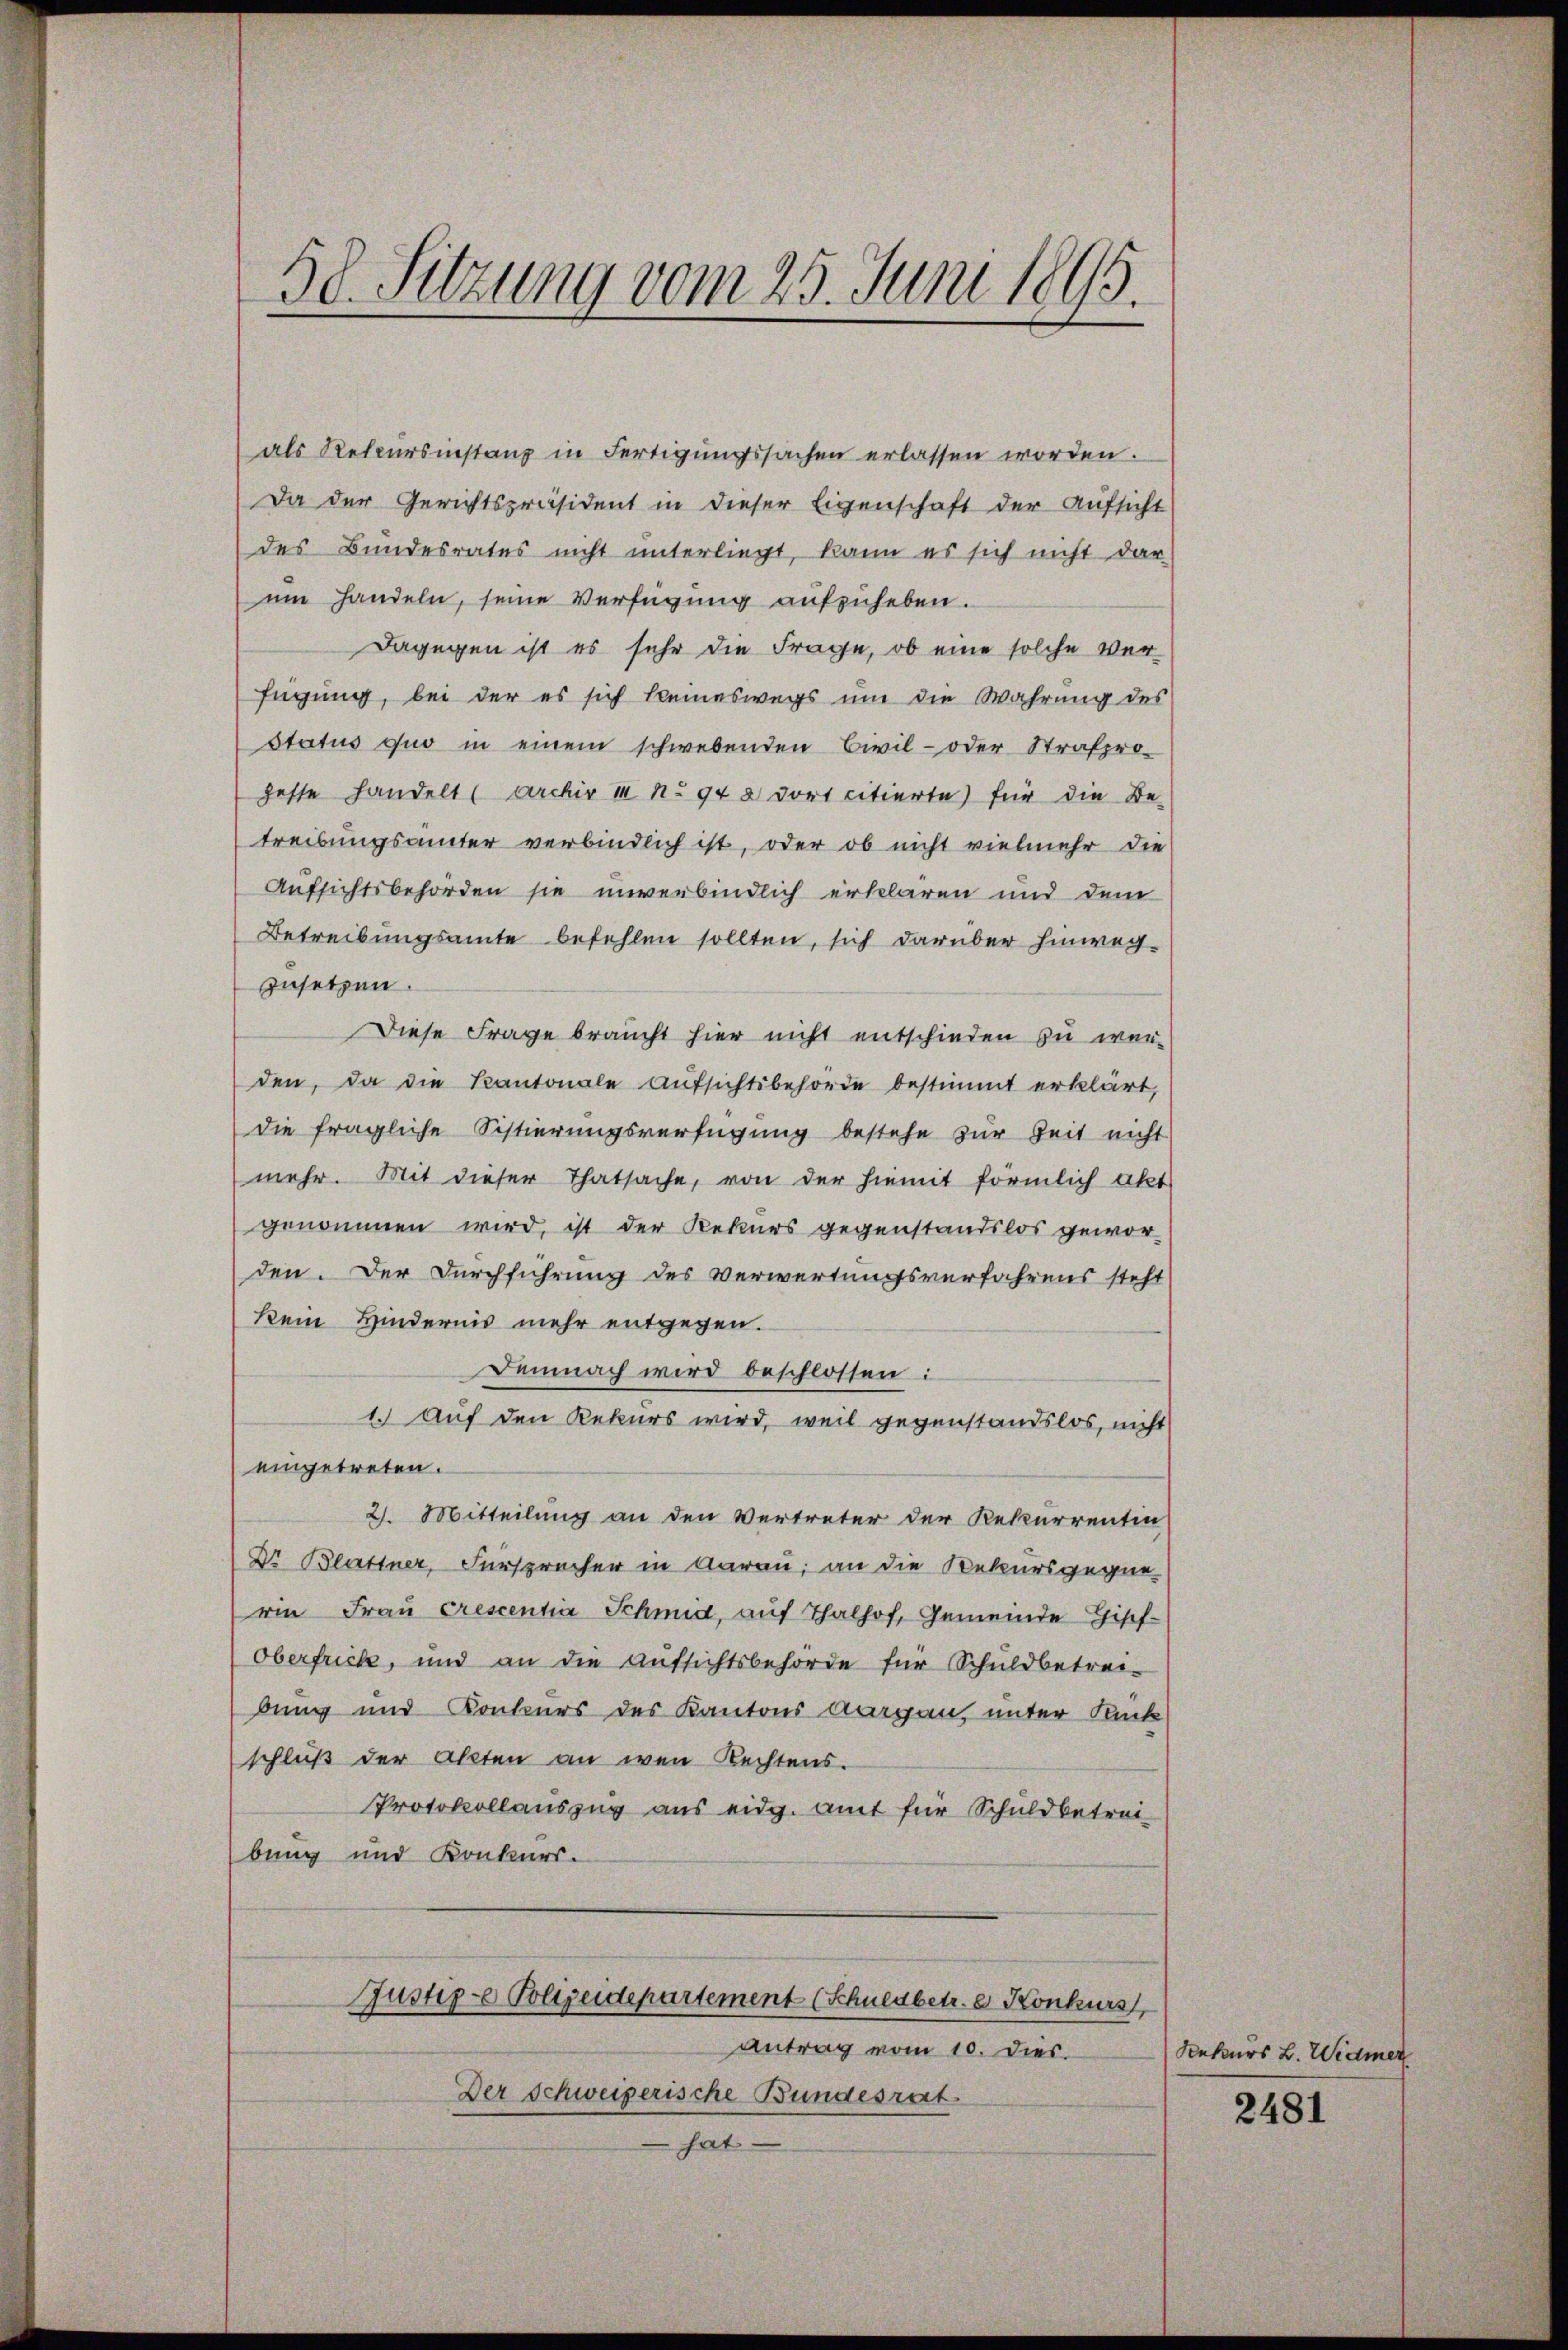
58. Sitzung vom 25. Juni 1895.

als Recursinstanz in Fertigungssachen erlassen worden.
Da der Gerichtspräsident in dieser Eigenschaft der Aufsicht
des Bundesrates nicht unterliegt, kann es sich nicht dar-
um Handeln, seine Verfügung aufzuheben.
Dagegen ist es sehr die Frage, ob eine solche Ver-
fügung, bei der es sich kleineswegs um die Wahrung des
Status quo in einem schwebenden Civil- oder Strafpro-
geste handelt (Archiv II No 942 dort citierte für die Be-
treibungsämter verbindlich ist, oder ob nicht vielmehr die
Aufsichtsbehörden sie unverbindlich erklären und dem
Betreibungsamte befehlen sollten, sich darüber hinweg-
zusetzen.
Diese Frage braucht hier nicht entschieden zu werden, da die Kantonale Aufsichtsbehörde bestimmt erklärt,
die fragliche Sistierungsverfügung bestehe zur Zeit nicht
mehr. Mit dieser Thatsache, von der hiemit förmlich akt
genommen wird, ist der Rekurs gegenstandslos geworden. Der Durchführung des Verwertungsverfahrens steht
kein Hindernis mehr entgegen.
Demnach wird beschlossen:
1. Auf den Rekurs wird, weil gegenstandslos, nicht
eingetreten.
2. Mitteilung an den Vertreter der Rekurrentin
Dr. Blattner, Fürsprecher in darau, an die Rekursgegnerin Frau crescentia Schmid, auf Thalhof, Gemeinde Gisef-
Oberfrich, und an die Aufsichtsbehörde für Schuldbetrei-
bung und Konkurs des Kantons Aargau, unter Sank
schluß der Akten an wen Rechtens.
Protokollauszug aus eidg. Amt für Schuldbetreibung und Konkurs.
Justiz-e Polizeidepartement (Schuldbetr. e. Konkurs
Antrag vom 10. dies
Der Schweizerische Bundesrat
hat

Rekurs L. Widmer

2481